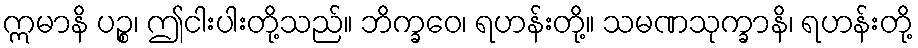
ဣမာနိ ပဉ္စ၊ ဤငါးပါးတို့သည်။ ဘိက္ခဝေ၊ ရဟန်းတို့။ သမဏသုက္ခာနိ၊ ရဟန်းတို့